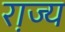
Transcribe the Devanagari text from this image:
रा़ज्य